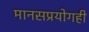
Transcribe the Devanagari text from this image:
मानसप्रयोगही